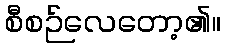
စီစဉ်လေတော့၏။